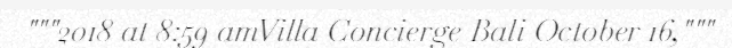
"""2018 at 8:59 amVilla Concierge Bali October 16,"""